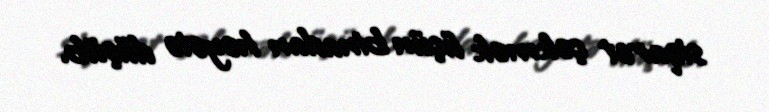
siqaret çəkmək üçün binadan həyətə düşüb.